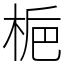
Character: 梔